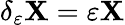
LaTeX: \delta_{\varepsilon}\mathbf{X}=\varepsilon\mathbf{X}